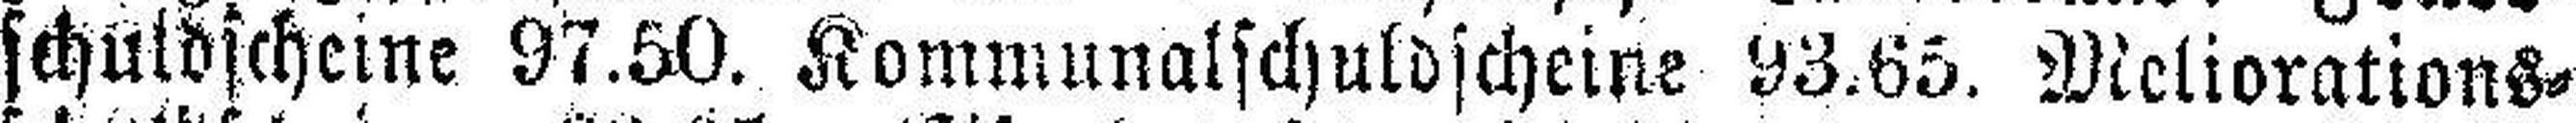
schuldscheine 97.50. Kommunalschuldscheine 93.65. Meliorations¬